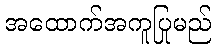
အထောက်အကူပြုမည်